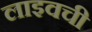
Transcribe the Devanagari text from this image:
लाइवची